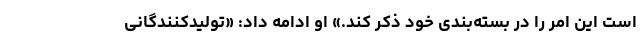
است این امر را در بسته‌بندی خود ذکر کند.» او ادامه داد: «تولیدکنندگانی